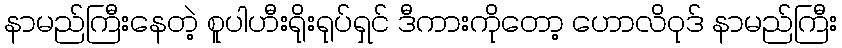
နာမည်ကြီးနေတဲ့ စူပါဟီးရိုးရုပ်ရှင် ဒီကားကိုတော့ ဟောလိဝုဒ် နာမည်ကြီး